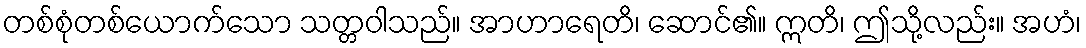
တစ်စုံတစ်ယောက်သော သတ္တဝါသည်။ အာဟာရေတိ၊ ဆောင်၏။ ဣတိ၊ ဤသို့လည်း။ အဟံ၊